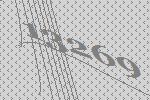
13269